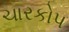
ચારકોપ